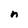
Character: n